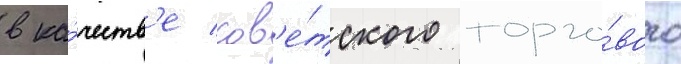
в ка́честв'е сов'е́тского торго́вого